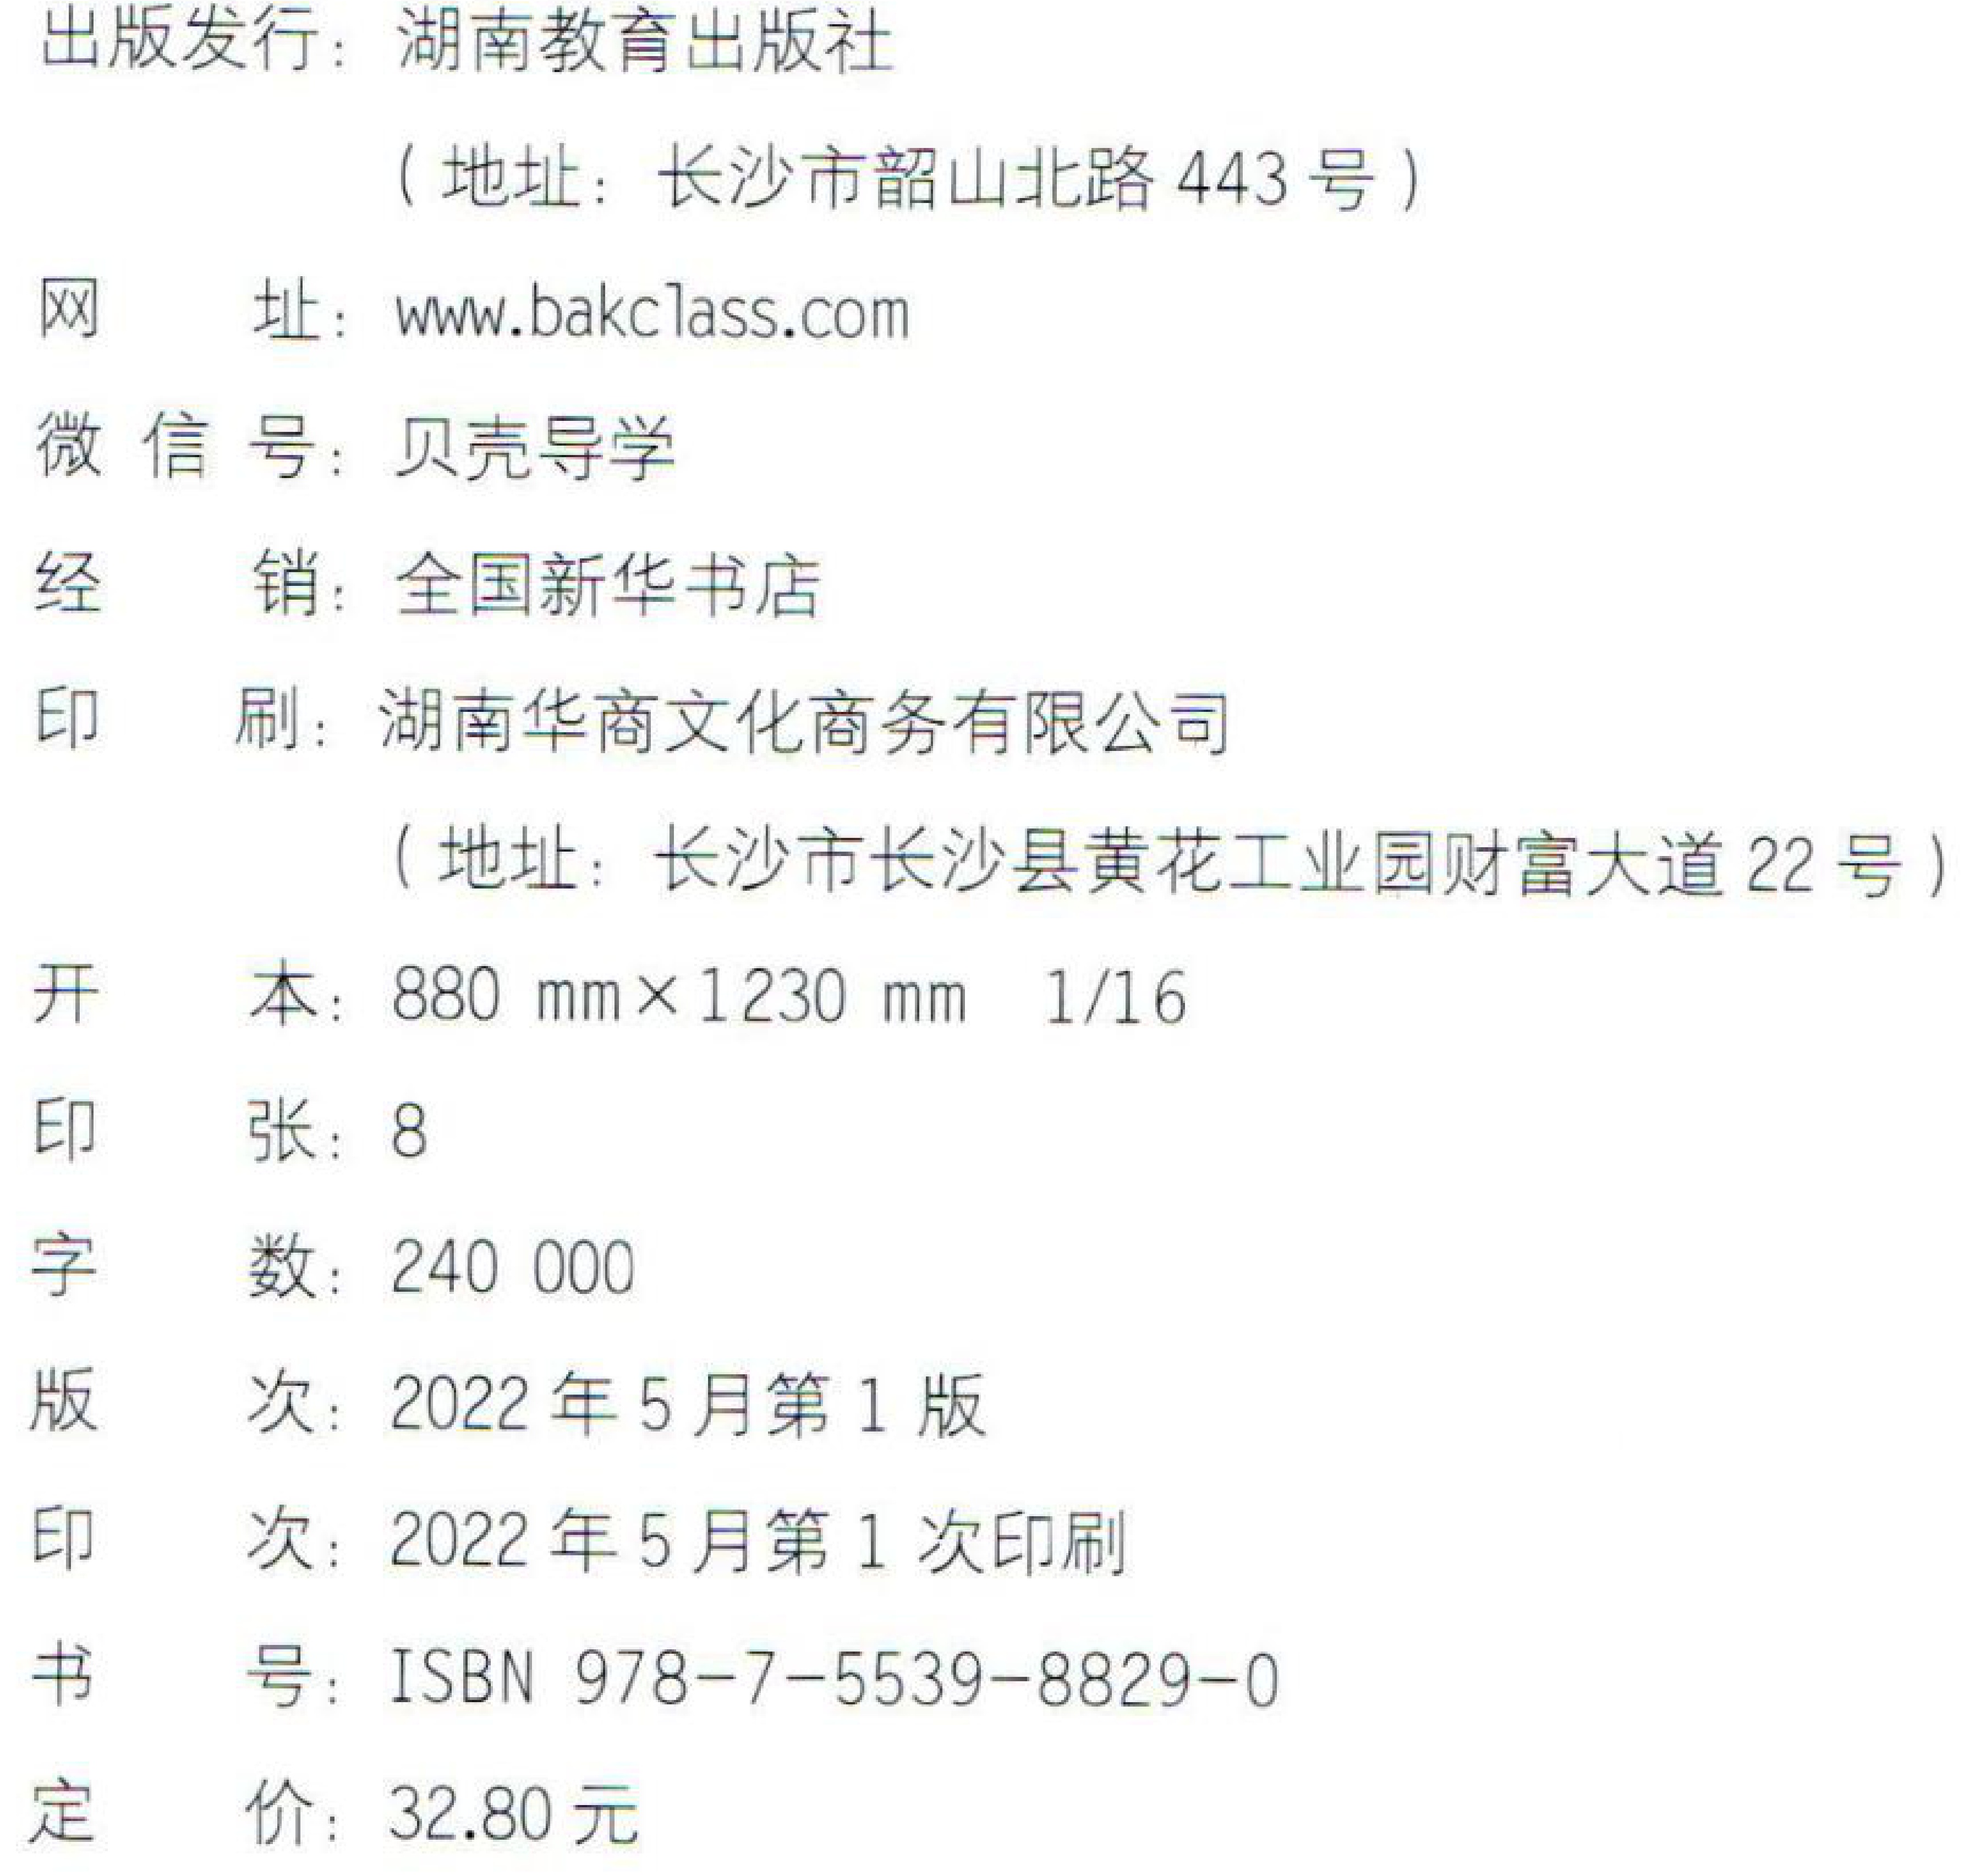
出版发行：湖南教育出版社

（地址：长沙市韶山北路443号）

网 址：www.bakclass.com

微 信号：贝壳导学

经 销：全国新华书店

印 刷：湖南华商文化商务有限公司

（地址：长沙市长沙县黄花工业园财富大道22号）

开 本：880 mm×1230 mm 1/16

印 张：8

字 数：240 000

版 次：2022年5月第1版

印 次：2022年5月第1次印刷

书 号：ISBN 978-7-5539-8829-0

定 价：32.80元